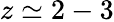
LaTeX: z\simeq 2-3